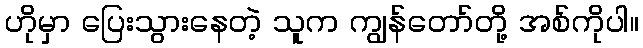
ဟိုမှာ ပြေးသွားနေတဲ့ သူက ကျွန်တော်တို့ အစ်ကိုပါ။